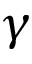
\gamma